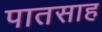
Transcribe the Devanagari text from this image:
पातसाह